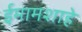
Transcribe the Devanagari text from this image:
ईमामशाहे